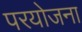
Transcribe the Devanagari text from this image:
परयोजना